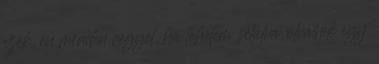
ezek, én minden reggel, ha tehetem sétálva olvasok egy